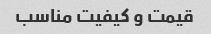
قیمت و کیفیت مناسب